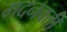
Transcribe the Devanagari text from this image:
मदनवती